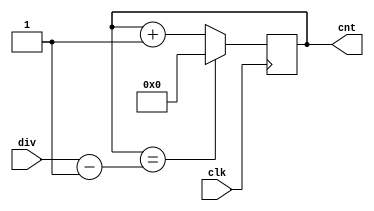
`timescale 1ns / 1ps

/*
A counter that counts up to max - 1, at which point it resets itself to 0
*/
module counter(clk, cnt, div);
	input clk; //the 100MHz clk from the board
	input [31:0] div;
	output reg [31:0] cnt; // 32 bits is more than enough to store our max
	
	initial begin
		cnt <= 0;
	end
	
	always @(posedge clk) begin
		if( cnt == div - 1 )	cnt <= 0;
		else cnt <= cnt + 1;
	end
	
endmodule